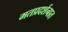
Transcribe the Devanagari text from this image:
मतप्रदर्शनात